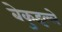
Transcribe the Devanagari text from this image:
बेकुइल्ले